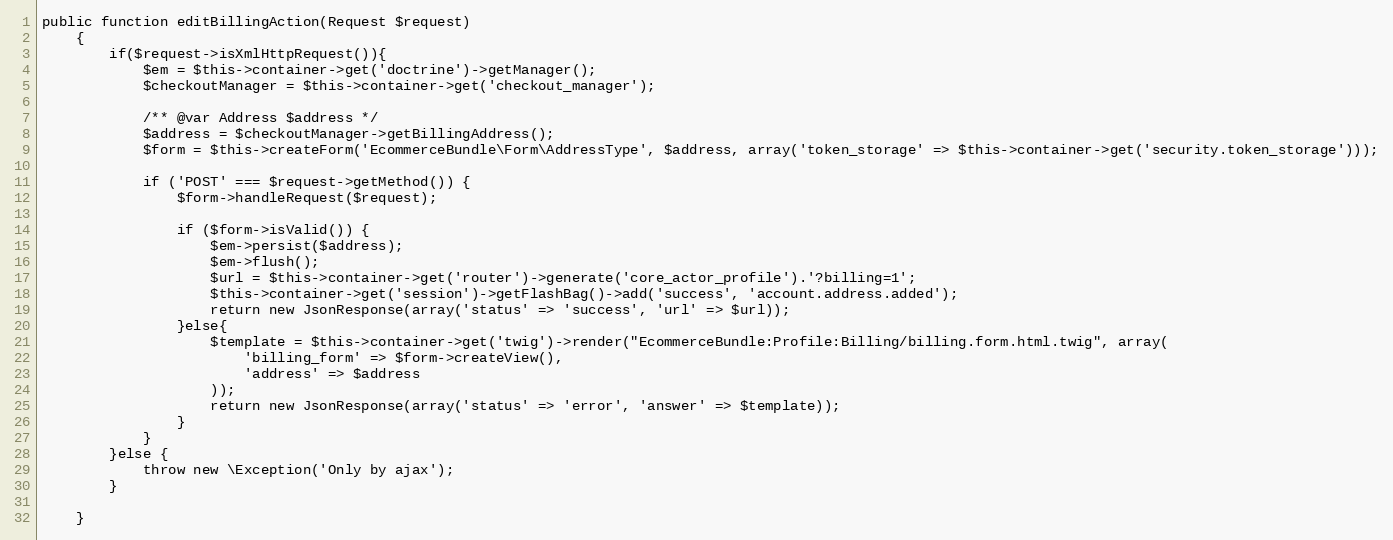
Language: PHP
public function editBillingAction(Request $request)
    {
        if($request->isXmlHttpRequest()){
            $em = $this->container->get('doctrine')->getManager();
            $checkoutManager = $this->container->get('checkout_manager');

            /** @var Address $address */
            $address = $checkoutManager->getBillingAddress();
            $form = $this->createForm('EcommerceBundle\Form\AddressType', $address, array('token_storage' => $this->container->get('security.token_storage')));

            if ('POST' === $request->getMethod()) {
                $form->handleRequest($request);

                if ($form->isValid()) {
                    $em->persist($address);
                    $em->flush();
                    $url = $this->container->get('router')->generate('core_actor_profile').'?billing=1';
                    $this->container->get('session')->getFlashBag()->add('success', 'account.address.added');
                    return new JsonResponse(array('status' => 'success', 'url' => $url));
                }else{
                    $template = $this->container->get('twig')->render("EcommerceBundle:Profile:Billing/billing.form.html.twig", array(
                        'billing_form' => $form->createView(),
                        'address' => $address
                    ));
                    return new JsonResponse(array('status' => 'error', 'answer' => $template));
                }
            }
        }else {
            throw new \Exception('Only by ajax');
        }

    }